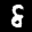
Label: 8